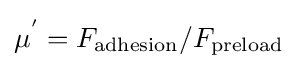
\mu ^{'}=F_{\text{adhesion}}/F_{\text{preload}}